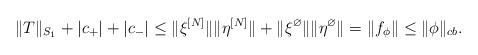
LaTeX: \begin{align*}\|T\|_{S_1}+|c_+|+|c_-|\leq \|\xi^{[N]}\| \|\eta^{[N]}\| + \|\xi^{\varnothing}\|\|\eta^\varnothing\| = \|f_\phi\| \leq \|\phi\|_{cb}.\end{align*}